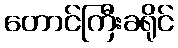
တောင်ကြီးခရိုင်